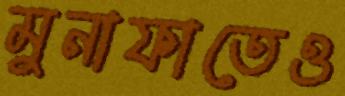
মুনাফাতেও